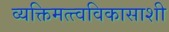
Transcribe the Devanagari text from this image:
व्यक्तिमत्त्वविकासाशी